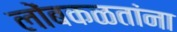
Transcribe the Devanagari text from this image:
लोंबकळतांना